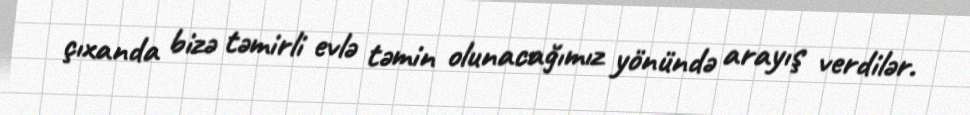
çıxanda bizə təmirli evlə təmin olunacağımız yönündə arayış verdilər.